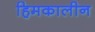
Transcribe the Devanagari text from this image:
हिमकालीन